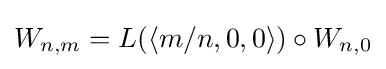
W_{n,m}=L(\langle m/n,0,0\rangle )\circ W_{n,0}